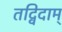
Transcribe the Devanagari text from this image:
तद्विदाम्